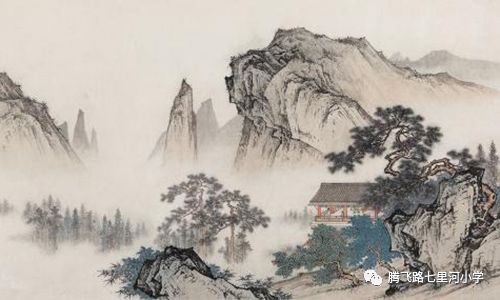
醉后凉风起，吹人舞袖回。